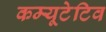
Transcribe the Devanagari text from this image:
कम्यूटेटिव